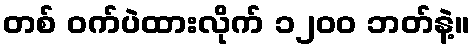
တစ် ဝက်ပဲထားလိုက် ၁၂၀၀ ဘတ်နဲ့။